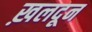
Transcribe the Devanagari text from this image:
ख़लदून